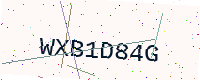
Text: WXB1D84G